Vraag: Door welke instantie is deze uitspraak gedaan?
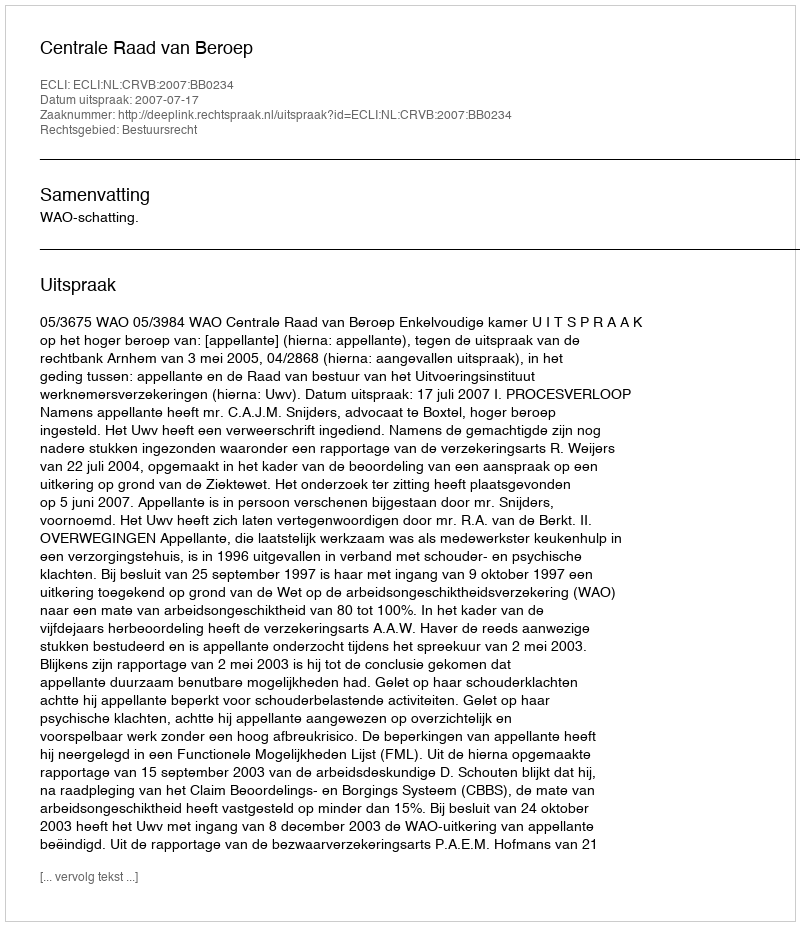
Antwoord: Centrale Raad van Beroep